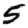
Digit: 5